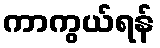
ကာကွယ်ရန်